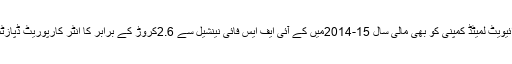
اس پرائیویٹ لمیٹڈ کمپنی کو بھی مالی سال 15-2014میں کے آئی ایف ایس فائی نینشیل سے 2.6کروڑ کے برابر کا انٹر کارپوریٹ ڈپازٹس ملا۔